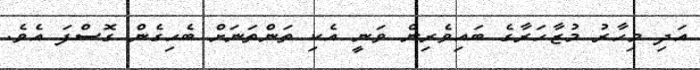
އަދި މިހާރު މުޒާހަރާގެ ބައިވެރިން ވަނީ އެކި ތަންތަނަށް ބެހިގެން ގޮސްފަ އެވެ.